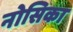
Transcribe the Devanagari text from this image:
नोसिका